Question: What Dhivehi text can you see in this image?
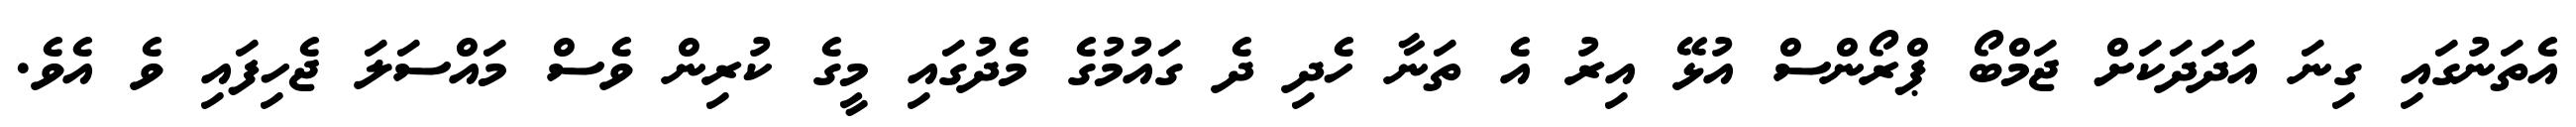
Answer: އެތަނުގައި ގިނަ އަދަދަކަށް ޖަމްބޯ ޕްރޯންސް އުޅޭ އިރު އެ ތަނާ ހެދި ދެ ގައުމުގެ މެދުގައި މީގެ ކުރިން ވެސް މައްސަލަ ޖެހިފައި ވެ އެވެ.